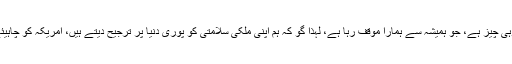
سابق امریکی نائب صدر نے کہا کہ انسانی بنیادوں پر امریکی پابندیوں میں نرمی کا اقدام عین وہی چیز ہے، جو ہمیشہ سے ہمارا موقف رہا ہے، لہذا گو کہ ہم اپنی ملکی سلامتی کو پوری دنیا پر ترجیح دیتے ہیں، امریکہ کو چاہیئے کہ وہ ایران سمیت کرونا وائرس کا شکار تمام ممالک کی مدد کے لئے ہر ممکن اقدام اُٹھائے۔